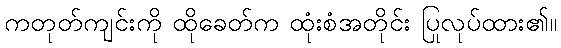
ကတုတ်ကျင်းကို ထိုခေတ်က ထုံးစံအတိုင်း ပြုလုပ်ထား၏။